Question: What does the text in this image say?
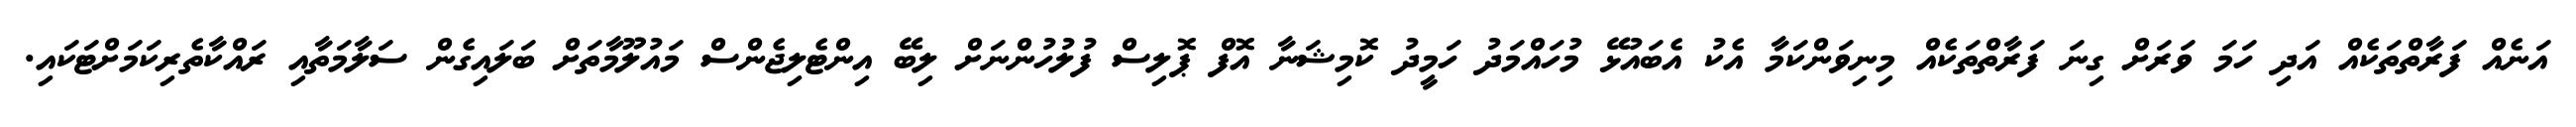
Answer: އަނެއް ފަރާތްތަކެއް އަދި ހަމަ ވަރަށް ގިނަ ފަރާތްތަކެއް މިނިވަންކަމާ އެކު އެބައުޅޭ މުހައްމަދު ހަމީދު ކޮމިޝަނާ އޮފް ޕޮލިސް ފުލުހުންނަށް ލިބޭ އިންޓެލިޖެންސް މައުލޫމާތަށް ބަލައިގެން ސަލާމަތާއި ރައްކާތެރިކަމަށްޓަކައި.